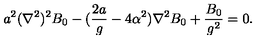
a ^ { 2 } ( \nabla ^ { 2 } ) ^ { 2 } B _ { 0 } - ( { \frac { 2 a } { g } } - 4 \alpha ^ { 2 } ) \nabla ^ { 2 } B _ { 0 } + { \frac { B _ { 0 } } { g ^ { 2 } } } = 0 .